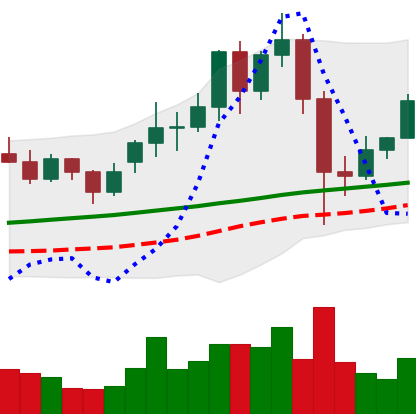
Ticker: LINK-USD
Chart end date: 2020-11-30
Forward return: -7.399%
Label: down_7plus